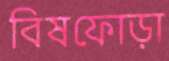
বিষফোড়া